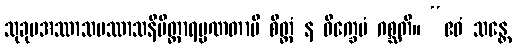
သုခုမအဿာသပဿာသနိမိတ္တာရမ္မဏတာပိ စိတ္တံ န ဝိက္ခေပံ ဂစ္ဆတိ။ “ဧဝံ သန္တေ